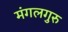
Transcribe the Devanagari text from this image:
मंगलगुरु